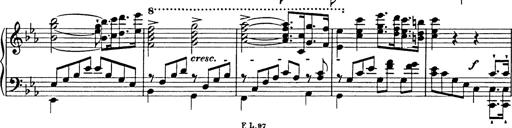
Title: Festmarsch zur SÃ¤cularfeier von Goethes Geburtstag
Composer: Franz Liszt